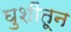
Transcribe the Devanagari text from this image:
घुशींतून